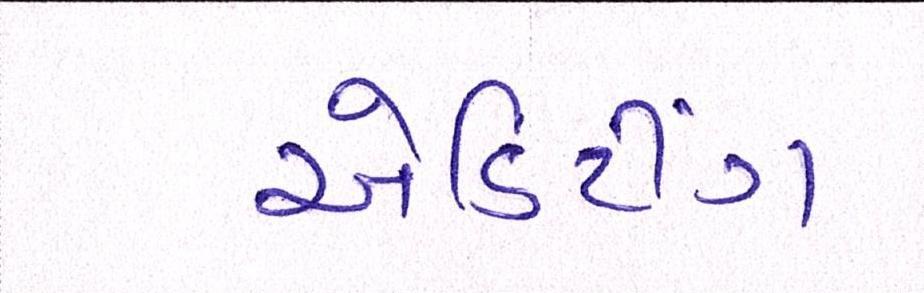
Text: એડિટીંગ